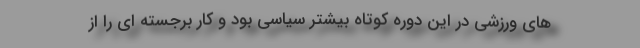
های ورزشی در این دوره کوتاه بیشتر سیاسی بود و کار برجسته ای را از